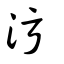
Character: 污